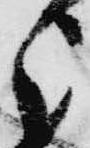
う